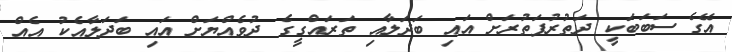
އޭގެ ސަބަބަކީ ދަތުރުފަތުރަށް އައި ބަދަލާއި ތަރައްގީގެ ދުވެއްޔަށް އައި ބަދަލާއެކު އެއް